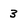
Character: 3